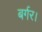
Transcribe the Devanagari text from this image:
बर्गर।